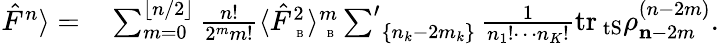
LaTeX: \begin{array}{rl}{\! \! \langle\hat{F}^{n}\rangle=}&{{}\sum_{m=0}^{\lfloor n/2\rfloor}\frac{n!}{2^{m}m!}\langle{\hat{F}}_{\mathrm{~\tiny~B~}}^{2}\rangle_{\mathrm{~\tiny~B~}}^{m}\sideset{}{'}\sum_{\{ n_{k}-2m_{k}\} }\frac{1}{n_{1}!\cdots n_{K}!}\mathrm{tr_{\ tS}}\rho_{\mathbf n-2m}^{(n-2m)}.}\end{array}